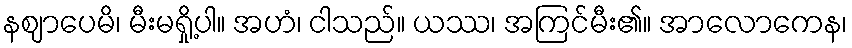
နဈာပေမိ၊ မီးမရှို့ပါ။ အဟံ၊ ငါသည်။ ယဿ၊ အကြင်မီး၏။ အာလောကေန၊